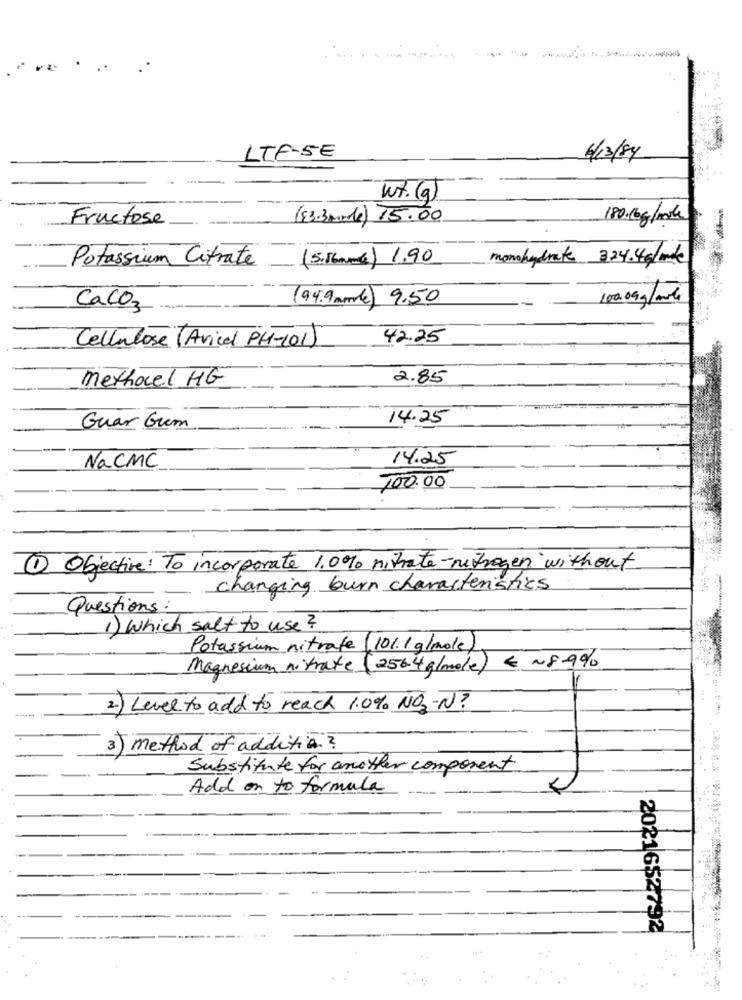
..
LTF-5E
6/3/84
wt. (g)
Fructose
(83.3mode) 15.00
180.6g/mol
monohydrate 324.4g/mk
Potassium Citrate .
(5.femme) 1.90
(94.9 mmde) 9.50
100.09g/ml
Caco3
Cellulose (Avice PH-101)
42.25
Methocel HG
2.85
14.25
Guar Gum
NaCMC
14.25
100.00
1 Objective: To incorporate 1.0% nithate-nitrogen without
changing burn characteristics
Questions:
1) Which salt to use ?
Potassium nitrate (101.1 g/mole)
Magnesium nitrate (256.4 g/mole) & N8-9%
2.) Level to add to reach 1.0% NO3 -N?
3) method of addition ?
Substitute for another component
Add on to formula
2021652792